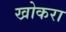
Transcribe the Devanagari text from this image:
खोकरा